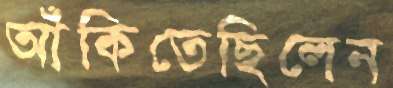
আঁকিতেছিলেন